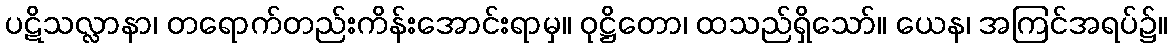
ပဋိသလ္လာနာ၊ တရောက်တည်းကိန်းအောင်းရာမှ။ ဝုဋ္ဌိတော၊ ထသည်ရှိသော်။ ယေန၊ အကြင်အရပ်၌။